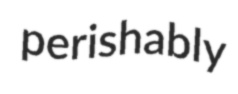
perishably